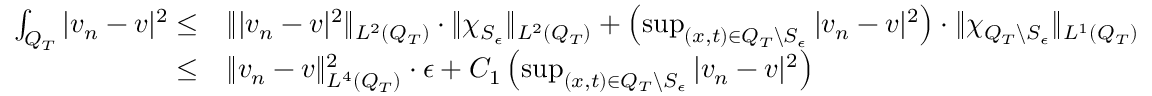
\begin{array} { r l } { \int _ { Q _ { T } } | v _ { n } - v | ^ { 2 } \leq } & { \lVert | v _ { n } - v | ^ { 2 } \rVert _ { L ^ { 2 } ( Q _ { T } ) } \cdot \lVert \chi _ { S _ { \epsilon } } \rVert _ { L ^ { 2 } ( Q _ { T } ) } + \left( \operatorname* { s u p } _ { ( x , t ) \in Q _ { T } \backslash S _ { \epsilon } } | v _ { n } - v | ^ { 2 } \right) \cdot \lVert \chi _ { Q _ { T } \backslash S _ { \epsilon } } \rVert _ { L ^ { 1 } ( Q _ { T } ) } } \\ { \leq } & { \lVert v _ { n } - v \rVert _ { L ^ { 4 } ( Q _ { T } ) } ^ { 2 } \cdot \epsilon + C _ { 1 } \left( \operatorname* { s u p } _ { ( x , t ) \in Q _ { T } \backslash S _ { \epsilon } } | v _ { n } - v | ^ { 2 } \right) } \end{array}